Vaccination United Provinces of Agra and Oudh 1902-1913 - 1902-1913
Year: 1902
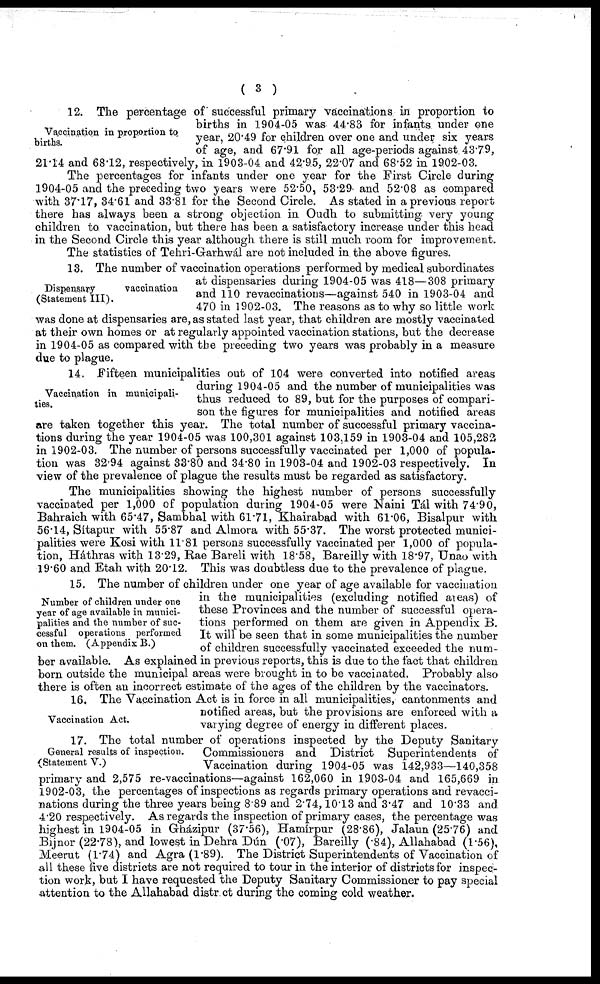
( 3 )
Vaccination in proportion to
births.
12. The percentage of successful primary vaccinations in proportion to
births in 1904-05 was 44.83 for infants under one
year, 20.49 for children over one and under six years
of age, and 67.91 for all age-periods against 43.79,
21.14 and 68.12, respectively, in 1903-04 and 42.95, 22.07 and 68.52 in 1902-03.
The percentages for infants under one year for the First Circle during
1904-05 and the preceding two years were 52.50, 53.29 and 52.08 as compared
with 37.17, 34.61 and 33.81 for the Second Circle. As stated in a previous report
there has always been a strong objection in Oudh to submitting very young
children to vaccination, but there has been a satisfactory increase under this head
in the Second Circle this year although there is still much room for improvement.
The statistics of Tehri-Garhwál are not included in the above figures.
Dispensary
vaccination
(Statement III).
13. The number of vaccination operations performed by medical subordinates
at dispensaries during 1904-05 was 418—308 primary
and 110 revaccinations—against 540 in 1903-04 and
470 in 1902-03. The reasons as to why so little work
was done at dispensaries are, as stated last year, that children are mostly vaccinated
at their own homes or at regularly appointed vaccination stations, but the decrease
in 1904-05 as compared with the preceding two years was probably in a measure
due to plague.
Vaccination in municipali-
ties.
14. Fifteen municipalities out of 104 were converted into notified areas
during 1904-05 and the number of municipalities was
thus reduced to 89, but for the purposes of compari-
son the figures for municipalities and notified areas
are taken together this year. The total number of successful primary vaccina-
tions during the year 1904-05 was 100,301 against 103,159 in 1903-04 and 105,282
in 1902-03. The number of persons successfully vaccinated per 1,000 of popula-
tion was 32.94 against 33.80 and 34.80 in 1903-04 and 1902-03 respectively. In
view of the prevalence of plague the results must be regarded as satisfactory.
The municipalities showing the highest number of persons successfully
vaccinated per 1,000 of population during 1904-05 were Naini Tál with 74.90,
Bahraich with 65.47, Sambhal with 61.71, Khairabad with 61.06, Bisalpur with
56.14, Sítapur with 55.87 and Almora with 55.37. The worst protected munici-
palities were Kosi with 11.81 persons successfully vaccinated per 1,000 of popula-
tion, Háthras with 13.29, Rae Bareli with 18.58, Bareilly with 18.97, Unao with
19.60 and Etah with 20.12. This was doubtless due to the prevalence of plague.
Number of children under one
year of age available in munici-
palities and the number of suc-
cessful operations performed
on them. (Appendix B.)
15. The number of children under one year of age available for vaccination
in the municipalities (excluding notified areas) of
these Provinces and the number of successful opera-
tions performed on them are given in Appendix B.
It will be seen that in some municipalities the number
of children successfully vaccinated exceeded the num-
ber available. As explained in previous reports, this is due to the fact that children
born outside the municipal areas were brought in to be vaccinated. Probably also
there is often an incorrect estimate of the ages of the children by the vaccinators.
Vaccination Act.
16. The Vaccination Act is in force in all municipalities, cantonments and
notified areas, but the provisions are enforced with a
varying degree of energy in different places.
17. The total number of operations inspected by the Deputy Sanitary
General results of inspection. Commissioners and District Superintendents of
(Statement V.)
Vaccination during 1904-05 was 142,933—140,358
primary and 2,575 re-vaccinations—against 162,060 in 1903-04 and 165,669 in
1902-03, the percentages of inspections as regards primary operations and revacci-
nations during the three years being 8.89 and 2.74,10.13 and 3.47 and 10.33 and
4.20 respectively. As regards the inspection of primary cases, the percentage was
highest in 1904-05 in Gházipur (37.56), Hamírpur (28.86), Jalaun (25.76) and
Bijnor (22.78), and lowest in Dehra Dún (.07), Bareilly (.84), Allahabad (1.56),
Meerut (1.74) and Agra (1.89). The District Superintendents of Vaccination of
all these five districts are not required to tour in the interior of districts for inspec-
tion work, but I have requested the Deputy Sanitary Commissioner to pay special
attention to the Allahabad district during the coming cold weather.
General results of inspection.
(Statement V.)
17. The total number of operations inspected by the Deputy Sanitary
Commissioners and District Superintendents of
Vaccination during 1904-05 was 142,933—140,358
primary and 2,575 re-vaccinations—against 162,060 in 1903-04 and 165,669 in
1902-03, the percentages of inspections as regards primary operations and revacci-
nations during the three years being 8.89 and 2.74, 10.13 and 3.47 and 10.33 and
4.20 respectively. As regards the inspection of primary cases, the percentage was
highest in 1904-05 in Gházipur (37.56), Hamírpur (28.86), Jalaun (25.76) and
Bijnor (22.78), and lowest in Dehra Dún (.07), Bareilly (.84), Allahabad (1.56),
Meerut (1.74) and Agra (1.89). The District Superintendents of Vaccination of
all these five districts are not required to tour in the interior of districts for inspec-
tion work, but I have requested the Deputy Sanitary Commissioner to pay special
attention to the Allahabad district during the coming cold weather.